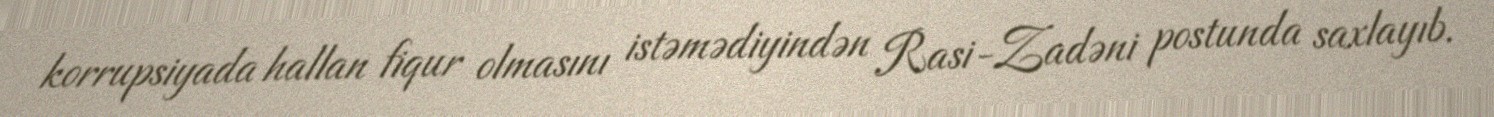
korrupsiyada hallan fiqur olmasını istəmədiyindən Rasi-Zadəni postunda saxlayıb.